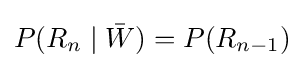
P(R_{n}\mid {\bar {W}})=P(R_{n-1})